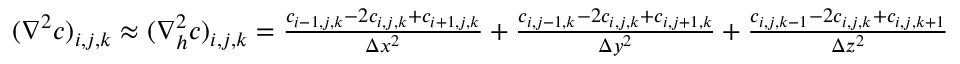
\begin{array} { r } { ( \nabla ^ { 2 } c ) _ { i , j , k } \approx ( \nabla _ { h } ^ { 2 } c ) _ { i , j , k } = \frac { c _ { i - 1 , j , k } - 2 c _ { i , j , k } + c _ { i + 1 , j , k } } { \Delta x ^ { 2 } } + \frac { c _ { i , j - 1 , k } - 2 c _ { i , j , k } + c _ { i , j + 1 , k } } { \Delta y ^ { 2 } } + \frac { c _ { i , j , k - 1 } - 2 c _ { i , j , k } + c _ { i , j , k + 1 } } { \Delta z ^ { 2 } } } \end{array}